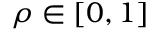
\rho \in [ 0 , 1 ]